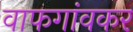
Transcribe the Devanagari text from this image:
वाफगांवकर